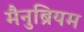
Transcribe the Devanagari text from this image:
मैनुब्रियम